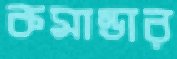
কমান্ডার